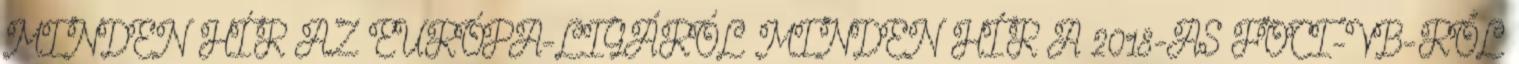
MINDEN HÍR AZ EURÓPA-LIGÁRÓL MINDEN HÍR A 2018-AS FOCI-VB-RŐL